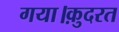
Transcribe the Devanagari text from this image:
गया।क़ुदरत